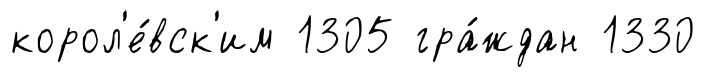
корол'е́вск'им 1305 гра́ждан 1330